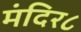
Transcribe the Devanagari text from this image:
मंदिर८